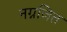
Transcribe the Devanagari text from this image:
नग्नजित